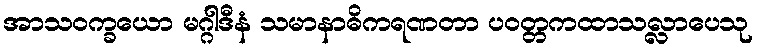
အာသဝက္ခယော မဂ္ဂါဒီနံ သမာနာဓိကရဏတာ ပဝတ္တကထာသလ္လာပေသု